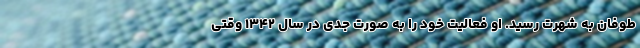
طوفان به شهرت رسید. او فعالیت خود را به صورت جدی در سال ۱۳۴۲ وقتی